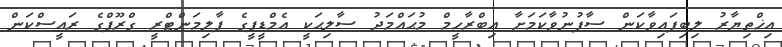
އިޚްތިޔާރު ލިބިފައިވާކަން ސާފުނުވާކަމަށާ އިބްރާހީމް މުޙައްމަދު ސާލިޙަކީ އެމްޑީޕީގެ ޕާލިމަންޓްރީ ގްރޫޕްގެ ރައީސްކަން